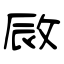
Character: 敐